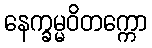
နေက္ခမ္မဝိတက္ကော